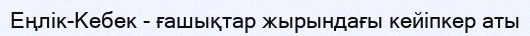
Еңлік-Кебек - ғашықтар жырындағы кейіпкер аты